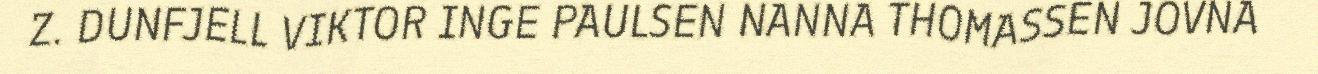
Z. DUNFJELL VIKTOR INGE PAULSEN NANNA THOMASSEN JOVNA